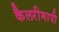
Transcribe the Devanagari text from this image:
कैलरीमापी